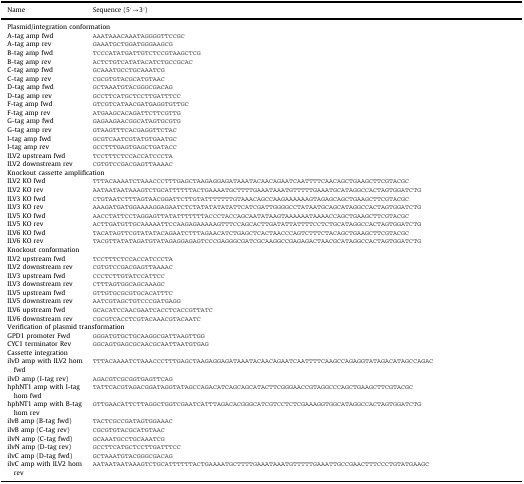
<table><thead><tr><td><b>Name</b></td><td><b>Sequence (5′→3′)</b></td></tr></thead><tbody><tr><td colspan="2">Plasmid/integration conformation</td></tr><tr><td>A-tag amp fwd</td><td>AAATAAACAAATAGGGGTTCCGC</td></tr><tr><td>A-tag amp rev</td><td>GAAATGCTGGATGGGAAGCG</td></tr><tr><td>B-tag amp fwd</td><td>TCCCATATGATTGTCTCCGTAAGCTCG</td></tr><tr><td>B-tag amp rev</td><td>ACTCTGTCATATACATCTGCCGCAC</td></tr><tr><td>C-tag amp fwd</td><td>GCAAATGCCTGCAAATCG</td></tr><tr><td>C-tag amp rev</td><td>CGCGTGTACGCATGTAAC</td></tr><tr><td>D-tag amp fwd</td><td>GCTAAATGTACGGGCGACAG</td></tr><tr><td>D-tag amp rev</td><td>GCCTTCATGCTCCTTGATTTCC</td></tr><tr><td>F-tag amp fwd</td><td>GTCGTCATAACGATGAGGTGTTGC</td></tr><tr><td>F-tag amp rev</td><td>ATGAAGCACAGATTCTTCGTTG</td></tr><tr><td>G-tag amp fwd</td><td>GAGAAGAACGGCATAGTGCGTG</td></tr><tr><td>G-tag amp rev</td><td>GTAAGTTTCACGAGGTTCTAC</td></tr><tr><td>I-tag amp fwd</td><td>GCGTCAATCGTATGTGAATGC</td></tr><tr><td>I-tag amp rev</td><td>GCCTTTGAGTGAGCTGATACC</td></tr><tr><td>ILV2 upstream fwd</td><td>TCCTTTCTCCACCATCCCTA</td></tr><tr><td>ILV2 downstream rev</td><td>CGTGTCCGACGAGTTAAAAC</td></tr><tr><td colspan="2">Knockout cassette amplification</td></tr><tr><td>ILV2 KO fwd</td><td>TTTACAAAATCTAAACCCTTTGAGCTAAGAGGAGATAAATACAACAGAATCAATTTTCAACAGCTGAAGCTTCGTACGC</td></tr><tr><td>ILV2 KO rev</td><td>AATAATAATAAAGTCTGCATTTTTTACTGAAAATGCTTTTGAAATAAATGTTTTTGAAATGCATAGGCCACTAGTGGATCTG</td></tr><tr><td>ILV3 KO fwd</td><td>CTGTAATCTTTAGTAACGGATTCTTGTATTTTTTTGTAAACAGCCAAGAAAAAAGTAGAGCAGCTGAAGCTTCGTACGC</td></tr><tr><td>ILV3 KO rev</td><td>AAAGATGATGGAAAAGGAGAATCTCTATATATATATTCATCGATTGGGGCCTATAATGCAGCATAGGCCACTAGTGGATCTG</td></tr><tr><td>ILV5 KO fwd</td><td>AACCTATTCCTAGGAGTTATATTTTTTTACCCTACCAGCAATATAAGTAAAAAATAAAACCAGCTGAAGCTTCGTACGC</td></tr><tr><td>ILV5 KO rev</td><td>ACTTGATGTTGCAAAAATTCCAAGAGAAAAAGTTTCCAGCACTTGATATTATTTTCCTCTGCATAGGCCACTAGTGGATCTG</td></tr><tr><td>ILV6 KO fwd</td><td>TACATAGTTCGTATATACAGAATCTTTAGAACATCTGAGCTCACTAACCCAGTCTTTCTACAGCTGAAGCTTCGTACGC</td></tr><tr><td>ILV6 KO rev</td><td>TACGTTATATAGATGTATAGAGGAGAGTCCCGAGGGCGATCGCAAGGCCGAGAGACTAACGCATAGGCCACTAGTGGATCTG</td></tr><tr><td colspan="2">Knockout conformation</td></tr><tr><td>ILV2 upstream fwd</td><td>TCCTTTCTCCACCATCCCTA</td></tr><tr><td>ILV2 downstream rev</td><td>CGTGTCCGACGAGTTAAAAC</td></tr><tr><td>ILV3 upstream fwd</td><td>CCCTCTTGTATCCATTCC</td></tr><tr><td>ILV3 downstream rev</td><td>CTTTAGTGGCAGCAAAGC</td></tr><tr><td>ILV5 upstream fwd</td><td>GTTGTGCGCGTGCACATTTC</td></tr><tr><td>ILV5 downstream rev</td><td>AATCGTAGCTGTCCCGATGAGG</td></tr><tr><td>ILV6 upstream fwd</td><td>GCACATCCAACGAATCACCTCACCGTTATC</td></tr><tr><td>ILV6 downstream rev</td><td>CGCGTCACCTCGTACAAACGTACAATC</td></tr><tr><td colspan="2">Verification of plasmid transformation</td></tr><tr><td>GPD1 promoter Fwd</td><td>GGGATGTGCTGCAAGGCGATTAAGTTGG</td></tr><tr><td>CYC1 terminator Rev</td><td>GGCAGTGAGCGCAACGCAATTAATGTGAG</td></tr><tr><td colspan="2">Cassette integration</td></tr><tr><td>ilvD amp with ILV2 hom fwd</td><td>TTTACAAAATCTAAACCCTTTGAGCTAAGAGGAGATAAATACAACAGAATCAATTTTCAAGCCAGAGGTATAGACATAGCCAGAC</td></tr><tr><td>ilvD amp (I-tag rev)</td><td>AGACGTCGCGGTGAGTTCAG</td></tr><tr><td>hphNT1 amp with I-tag hom fwd</td><td>TATTCACGTAGACGGATAGGTATAGCCAGACATCAGCAGCATACTTCGGGAACCGTAGGCCCAGCTGAAGCTTCGTACGC</td></tr><tr><td>hphNT1 amp with B-tag hom rev</td><td>GTTGAACATTCTTAGGCTGGTCGAATCATTTAGACACGGGCATCGTCCTCTCGAAAGGTGGCATAGGCCACTAGTGGATCTG</td></tr><tr><td>ilvB amp (B-tag fwd)</td><td>TACTCGCCGATAGTGGAAAC</td></tr><tr><td>ilvB amp (C-tag rev)</td><td>CGCGTGTACGCATGTAAC</td></tr><tr><td>ilvN amp (C-tag fwd)</td><td>GCAAATGCCTGCAAATCG</td></tr><tr><td>ilvN amp (D-tag rev)</td><td>GCCTTCATGCTCCTTGATTTCC</td></tr><tr><td>ilvC amp (D-tag fwd)</td><td>GCTAAATGTACGGGCGACAG</td></tr><tr><td>ilvC amp with ILV2 hom rev</td><td>AATAATAATAAAGTCTGCATTTTTTACTGAAAATGCTTTTGAAATAAATGTTTTTGAAATTGCCGAACTTTCCCTGTATGAAGC</td></tr></tbody></table>